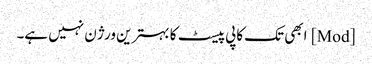
[Mod] ابھی تک کاپی پیسٹ کا بہترین ورژن نہیں ہے۔